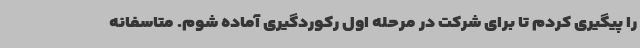
را پیگیری کردم تا برای شرکت در مرحله اول رکوردگیری آماده شوم. متاسفانه